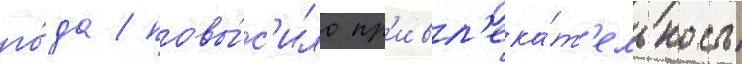
го́да / повы́с'ило пр'ивл'ека́т'ельность